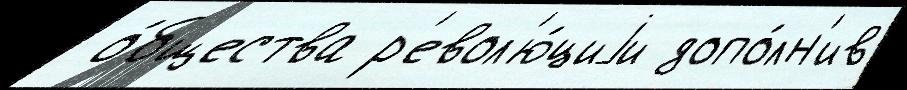
 о́бщества р'евол'ю́циjи допо́лн'ив